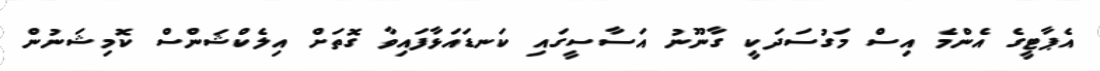
އެޕާޓީގެ އެންމެ އިސް މަގުސަދަކީ ގާނޫނު އަސާސީގައި ކަނޑައަޅާފައިވާ ގޮތަށް އިލެކްޝަންސް ކޮމިޝަނުން